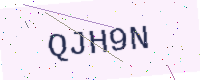
Text: QJH9N